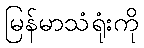
မြန်မာသံရုံးကို